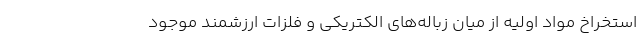
استخراخ مواد اولیه از میان زباله‌های الکتریکی و فلزات ارزشمند موجود